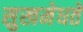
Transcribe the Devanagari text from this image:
सुखमेधते